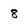
Character: 8